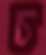
চ